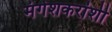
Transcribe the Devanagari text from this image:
मंगेशकरांशी